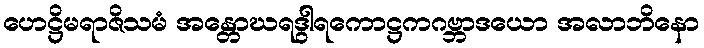
ဟေဋ္ဌိမရာဇိသမံ အန္တောဃရဒွါရကောဋ္ဌကဂဗ္ဘာဒယော အလာဘိနော